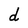
Character: d